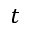
t